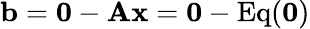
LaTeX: \mathbf{b}=\mathbf{0}-\mathbf{Ax}=\mathbf{0}-\mathrm{Eq}(\mathbf{0})